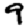
Digit: 9